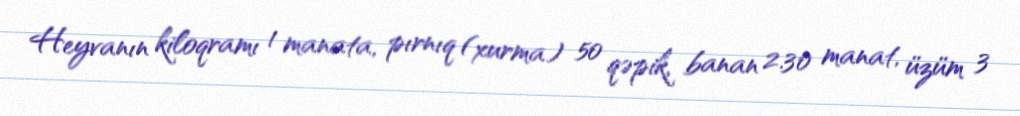
Heyvanın kiloqramı 1 manata, pırnıq (xurma) 50 qəpik, banan 2.30 manat, üzüm 3